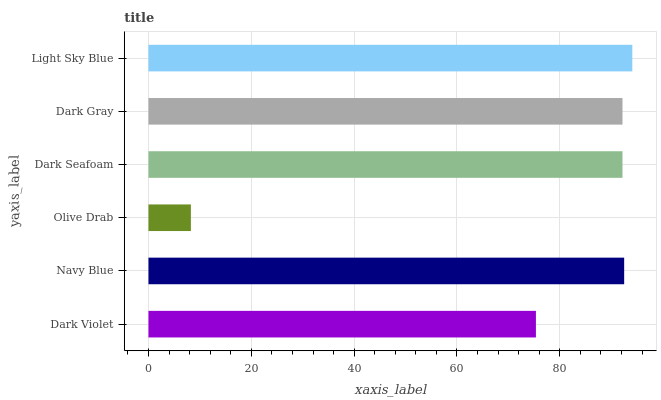
| yaxis_label | bars |
 | --- | --- |
 | Dark Violet | 75.4 |
 | Navy Blue | 92.5 |
 | Olive Drab | 8.25 |
 | Dark Seafoam | 92.2 |
 | Dark Gray | 92.2 |
 | Light Sky Blue | 94.1 |